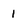
Character: 1